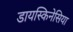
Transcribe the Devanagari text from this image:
डायस्किनेसिया